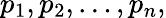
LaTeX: p_{1},p_{2},\ldots,p_{n},